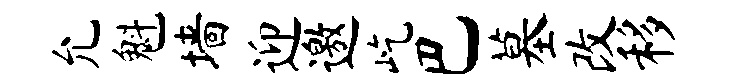
允魁墙迎邀屹巴墓改移